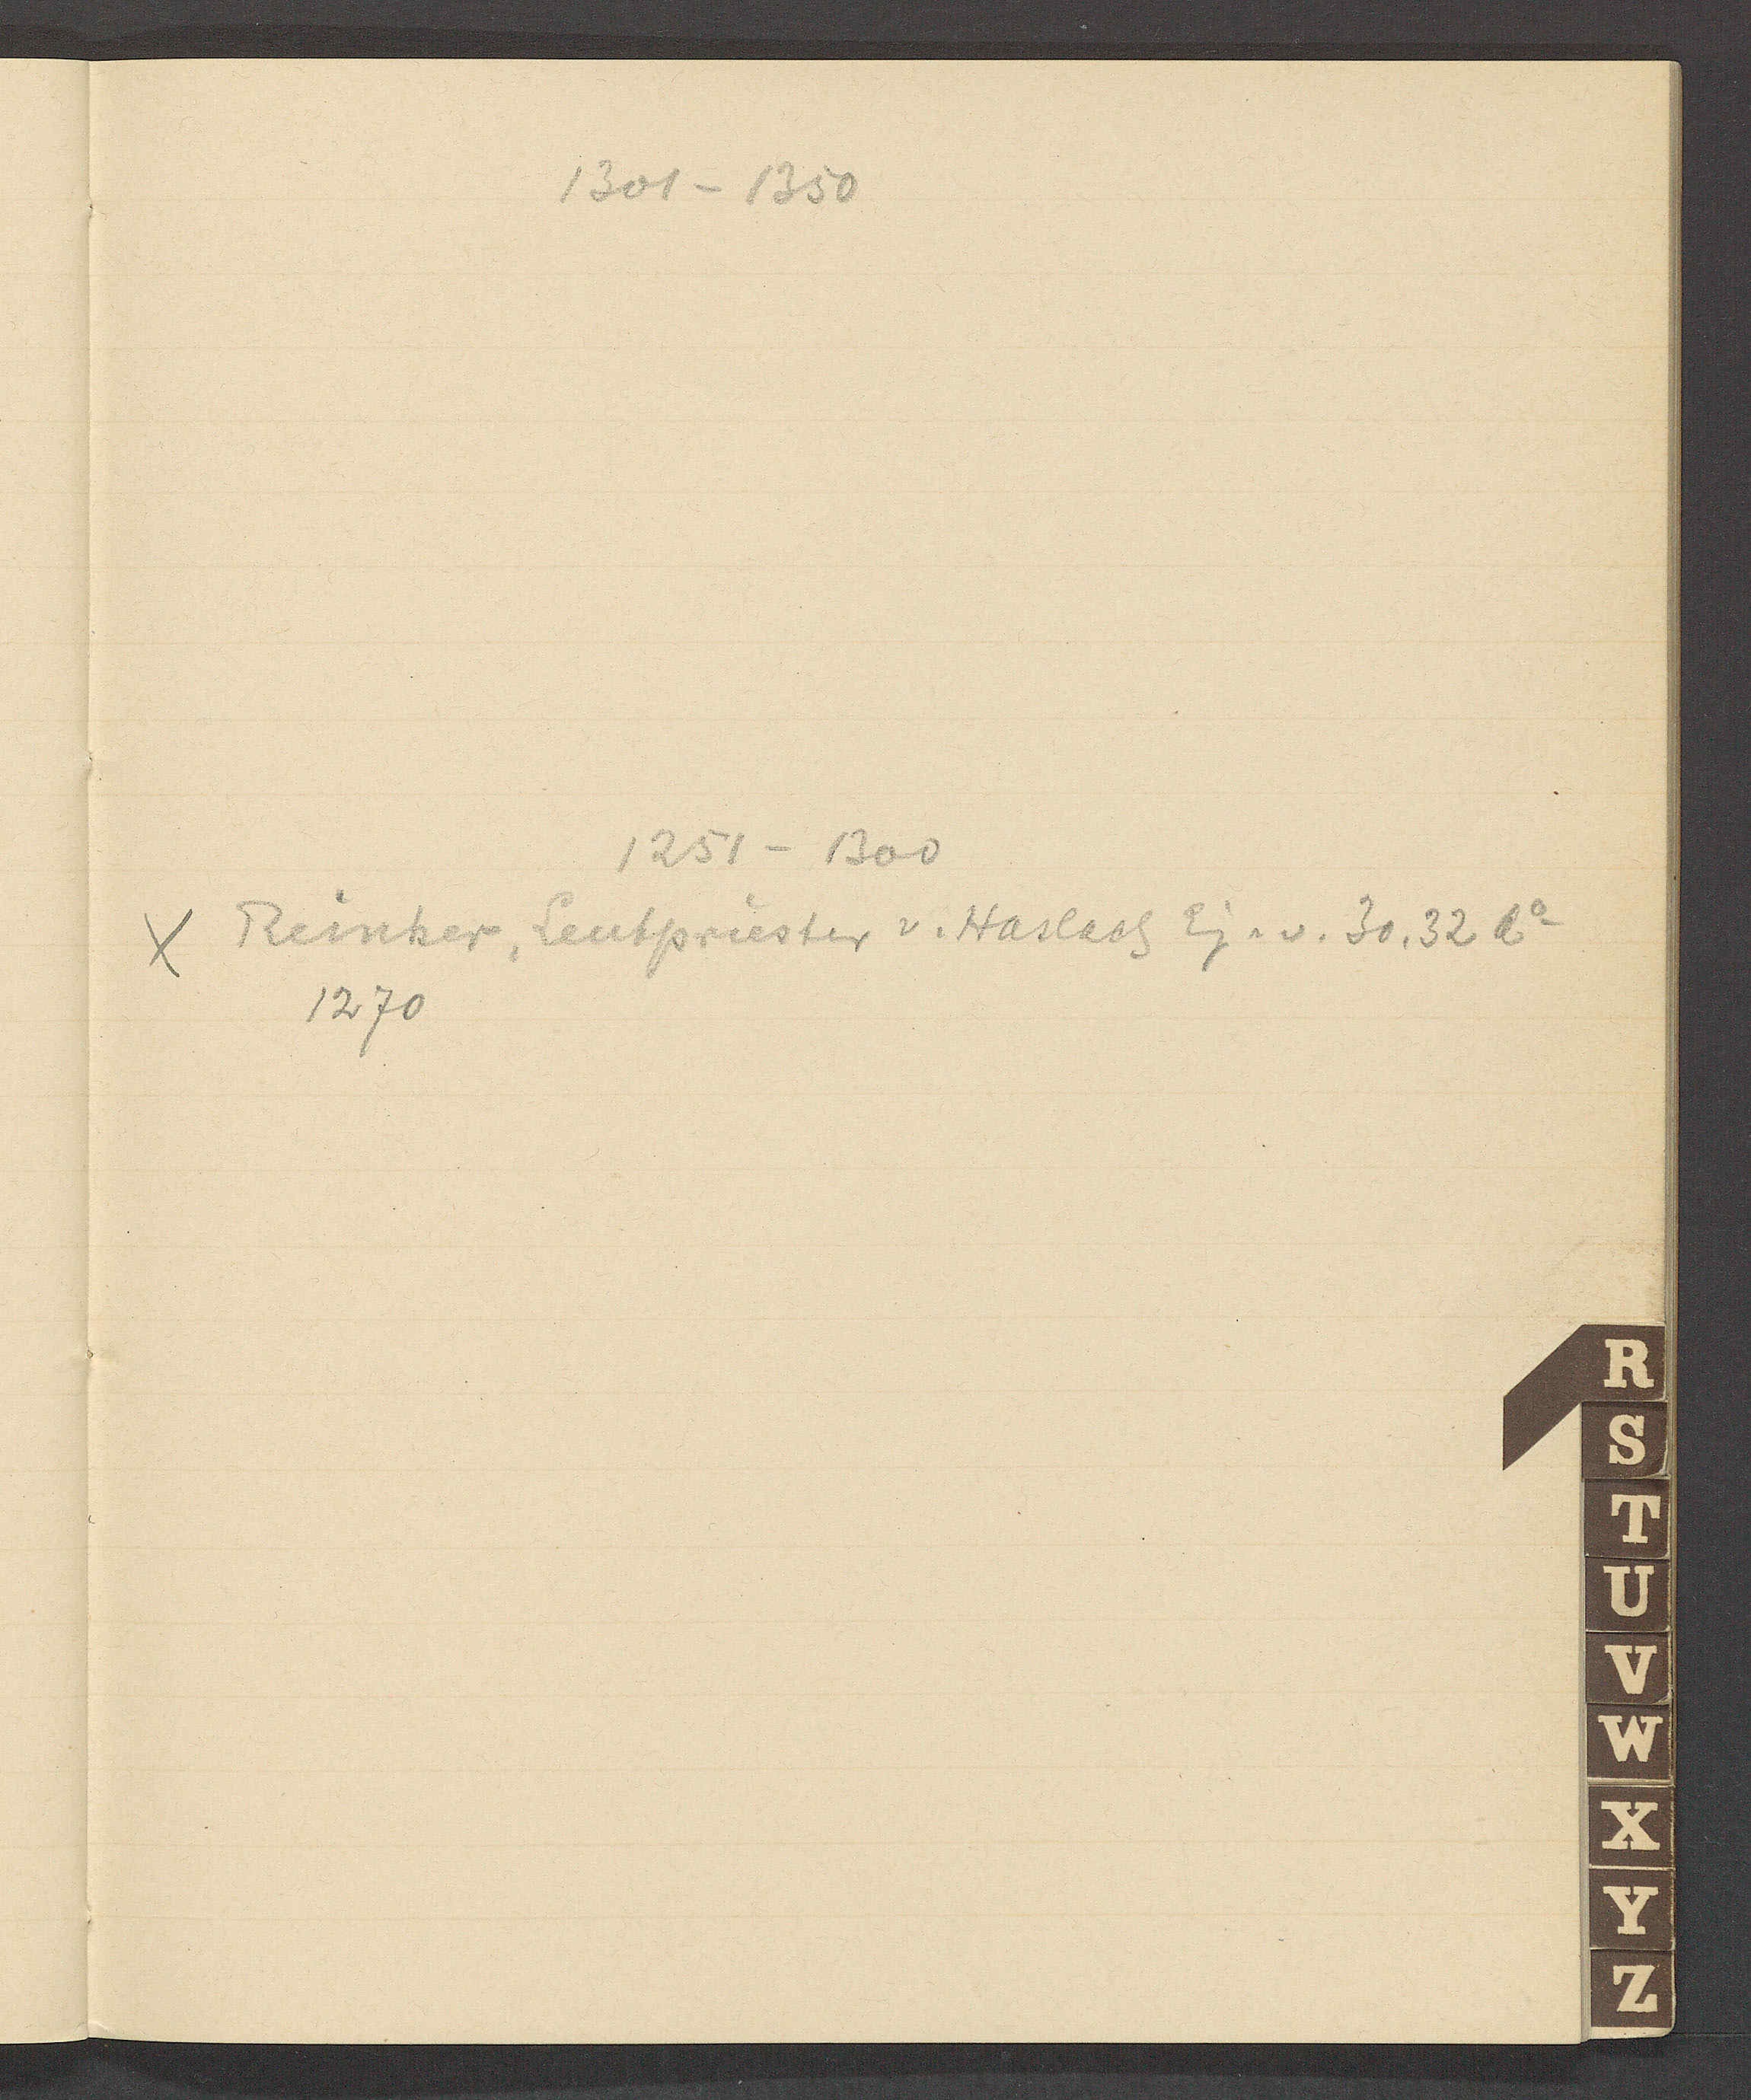
Transcript:
1301 – 1350
1251 – 1300
Reinker, Leutpriester v.Haslach Eig. v. 30,32 Ao
1270